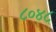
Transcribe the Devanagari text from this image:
८०४८